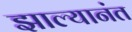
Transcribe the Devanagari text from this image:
झाल्यानंत